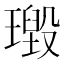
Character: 𱯪